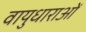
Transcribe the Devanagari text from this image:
वायुधाराओं